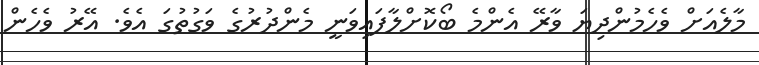
މާލެއަށް ވެހެމުންދިޔަ ވާރޭ އެންމެ ބޯކޮށްލާފައިވަނީ މެންދުރުގެ ވަގުތުގަ އެވެ. އޭރު ވެހެން